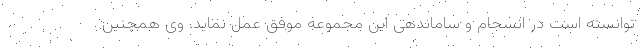
توانسته است در انسجام و ساماندهی این مجموعه موفق عمل نماید. وی همچنین